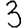
Digit: 3